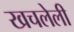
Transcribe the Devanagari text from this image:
खचलेली